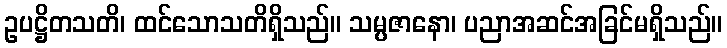
ဥပဋ္ဌိတသတိ၊ ထင်သောသတိရှိသည်။ သမ္ပဇာနော၊ ပညာအဆင်အခြင်မရှိသည်။